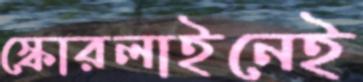
স্কোরলাইনেই